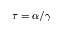
\tau = \alpha / \gamma